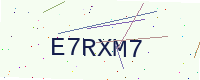
Text: E7RXM7